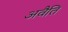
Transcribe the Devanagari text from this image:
अवैति